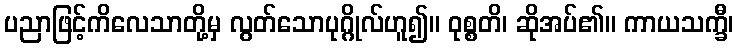
ပညာဖြင့်ကိလေသာတို့မှ လွတ်သောပုဂ္ဂိုလ်ဟူ၍။ ဝုစ္စတိ၊ ဆိုအပ်၏။ ကာယသက္ခီ၊